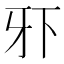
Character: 𰠠